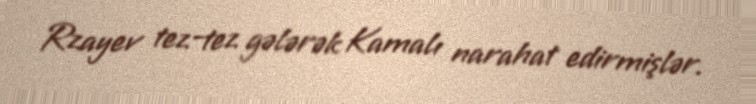
Rzayev tez-tez gələrək Kamalı narahat edirmişlər.